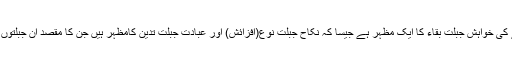
دولت میں اضافے کی خواہش جبلت بقاء کا ایک مظہر ہے جیسا کہ نکاح جبلت نوع(افزائش) اور عبادت جبلت تدین کامظہر ہیں جن کا مقصد ان جبلتوں کو پورا کرنا ہے۔